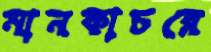
মানকাচরে